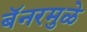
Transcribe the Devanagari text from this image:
बॅनरमुळे